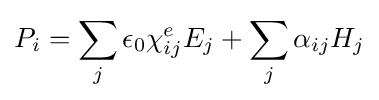
P_{i}=\sum _{j}\epsilon _{0}\chi _{ij}^{e}E_{j}+\sum _{j}\alpha _{ij}H_{j}